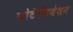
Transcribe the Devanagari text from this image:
पोटेंशियेशन